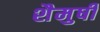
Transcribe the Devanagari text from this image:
शैमुषी